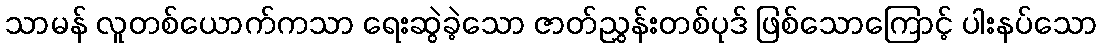
သာမန် လူတစ်ယောက်ကသာ ရေးဆွဲခဲ့သော ဇာတ်ညွှန်းတစ်ပုဒ် ဖြစ်သောကြောင့် ပါးနပ်သော